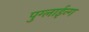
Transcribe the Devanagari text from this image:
पुग्लाईन्ग